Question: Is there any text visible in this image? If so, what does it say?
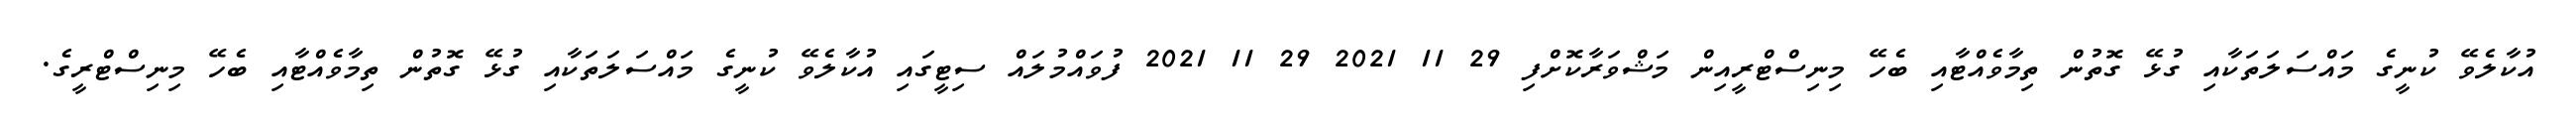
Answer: އުކާލެވޭ ކުނީގެ މައްސަލަތަކާއި ގުޅޭ ގޮތުން ތިމާވެއްޓާއި ބެހޭ މިނިސްޓްރީއިން މަޝްވަރާކޮށްފި 29 11 2021 29 11 2021 ފުވައްމުލައް ސިޓީގައި އުކާލެވޭ ކުނީގެ މައްސަލަތަކާއި ގުޅޭ ގޮތުން ތިމާވެއްޓާއި ބެހޭ މިނިސްޓްރީގެ.